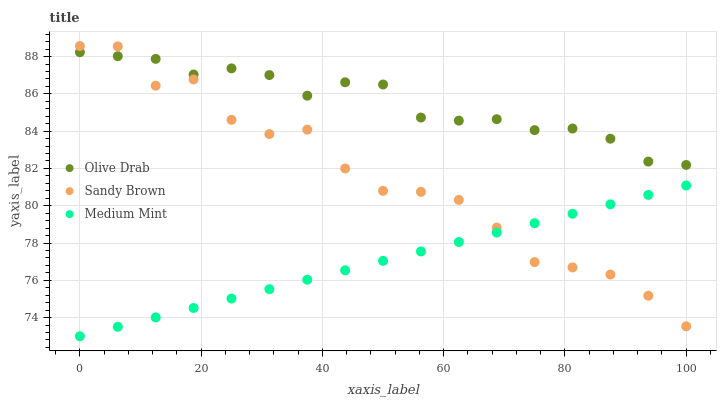
| xaxis_label | Olive Drab | Sandy Brown | Medium Mint |
 | --- | --- | --- | --- |
 | 0 | 88.2 | 88.6 | 73 |
 | 6.25 | 88 | 88.5 | 73.5 |
 | 12.5 | 87.9 | 86.4 | 74 |
 | 18.8 | 87 | 86.8 | 74.5 |
 | 25 | 87.4 | 84.6 | 75 |
 | 31.2 | 87 | 83.8 | 75.5 |
 | 37.5 | 85.9 | 84.1 | 76 |
 | 43.8 | 86.6 | 82 | 76.5 |
 | 50 | 86.5 | 80.8 | 77 |
 | 56.2 | 84.7 | 80.7 | 77.5 |
 | 62.5 | 84.6 | 80.3 | 78.1 |
 | 68.8 | 84.6 | 78.8 | 78.6 |
 | 75 | 84.1 | 77 | 79.1 |
 | 81.2 | 84.1 | 76.7 | 79.6 |
 | 87.5 | 83.6 | 76.3 | 80.1 |
 | 93.8 | 82.4 | 75.2 | 80.6 |
 | 100 | 82.2 | 73.5 | 81.1 |